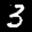
Label: 3